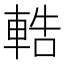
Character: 𨌒